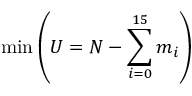
\operatorname* { m i n } \left( U = N - \sum _ { i = 0 } ^ { 1 5 } m _ { i } \right)